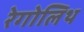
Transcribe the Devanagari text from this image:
रेगोलिथ